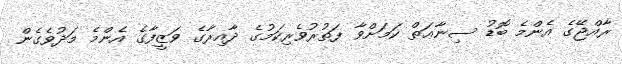
ރާއްޖޭގެ އެންމެ ބޮޑު ސިނާޢަތް ކަމަށްވާ ފަތުރުވެރިކަމުގެ ދާއިރާގެ ވަޒީފާގެ އެންމެ މަދުވެގެން